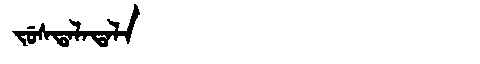
Manchu: ᠵᡠᠰᡨᠠᠯᠠᡨᠠᠯᠠ
Romanization: JUSTALATALA